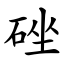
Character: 䂳